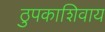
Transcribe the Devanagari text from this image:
ठुपकाशिवाय